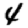
Digit: 4